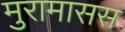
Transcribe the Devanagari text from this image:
मुरामासस